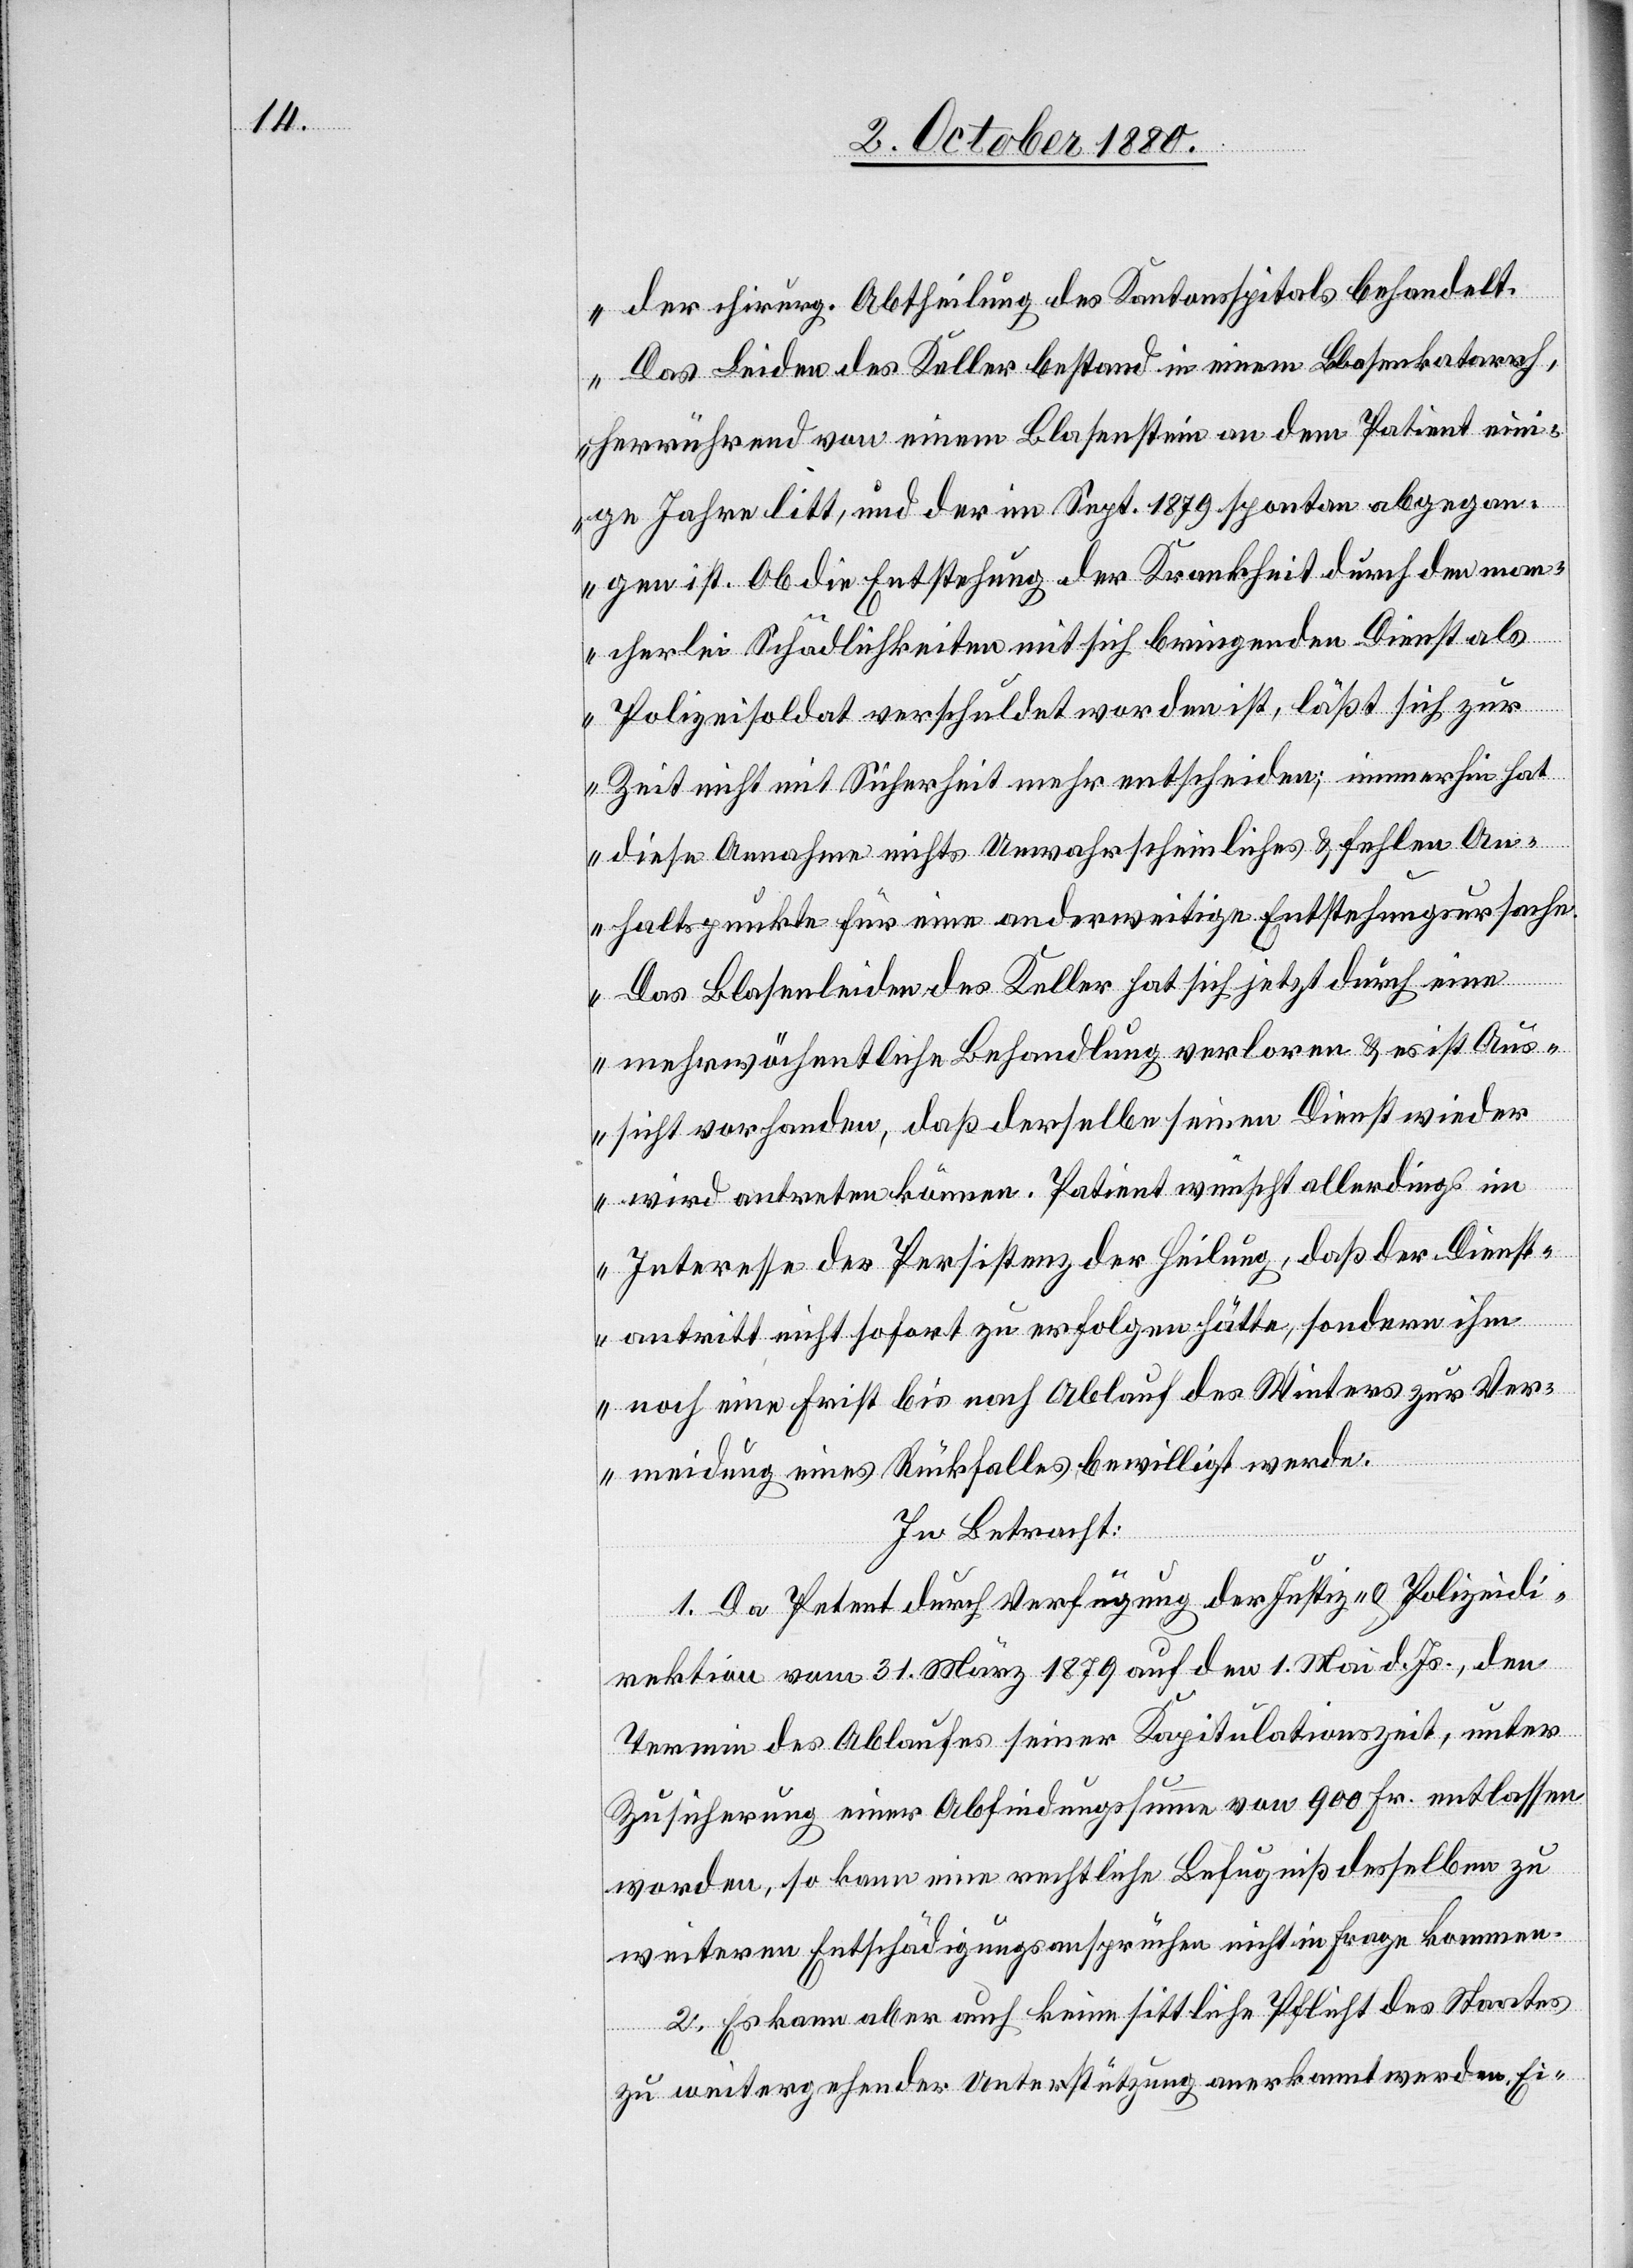
der chirurg. Abtheilung des Kantonsspitals behandelt.
Das Leiden des Keller bestand in einem Blasenkatarrh,
herrührend von einem Blasenstein an dem Patient eini¬
ge Jahre litt, und der im Sept. 1879 spontan abgegan¬
gen ist. Ob die Entstehung der Krankheit durch den man¬
cherlei Schädlichkeiten mit sich bringenden Dienst als
Polizeisoldat verschuldet worden ist, läßt sich zur
Zeit nicht mit Sicherheit mehr entscheiden; immerhin hat
diese Annahme nichts Unwahrscheinliches & fehlen An¬
haltspunkte für eine anderweitige Entstehungsursache.
Das Blasenleiden des Keller hat sich jetzt durch eine
mehrwöchentliche Behandlung verloren & es ist Aus¬
sicht vorhanden, daß derselbe seinen Dienst wieder
wird antreten können. Patient wünscht allerdings im
Interesse der Persistenz der Heilung, daß der Dienst¬
antritt nicht sofort zu erfolgen hätte, sondern ihm
noch eine Frist bis nach Ablauf des Winters zur Ver¬
meidung eines Rückfalls bewilligt werde.
In Betracht:
1. Da Petent durch Verfügung der Justiz- & Polizeidi¬
rektion vom 31. März 1879 auf den 1. Mai d. Js., den
Termin des Ablaufes seiner Kapitulationszeit, unter
Zusicherung einer Abfindungssumme von 900 Fr. entlassen
worden, so kann eine rechtliche Befugniß desselben zu
weitern Entschädigungsansprüchen nicht in Frage kommen.
2. Es kann aber auch keine sittliche Pflicht des Staates
zu weitergehender Unterstützung anerkannt werden. Ei-